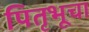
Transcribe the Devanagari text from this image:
पितृभूचा